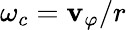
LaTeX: \omega_{c}=\mathbf{v}_{\varphi}/r